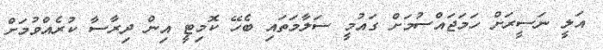
އަލީ ނަސީރަށް ހަމަޖައްސުމަށް ގައުމީ ސަލާމަތައި ބެހޭ ކޮމިޓީ އިން ދިރާސާ ކުރެއްވުމަށް